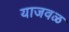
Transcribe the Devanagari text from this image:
याजवळ